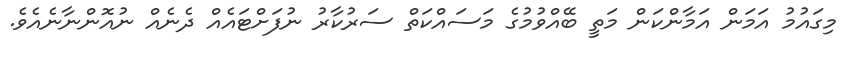
މިގައުމު އަމަން އަމާންކަން މަތީ ބޭއްވުމުގެ މަސައްކަތް ސަރުކާރު ނުފަށްޓައެއް ދެނެއް ނުއޮންނާނެއެވެ.